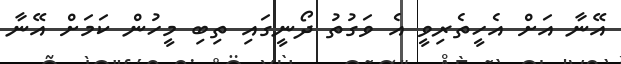
އޭނާ އަށް އެހީތެރިވީ އެ ވަގުތު ދޯނީގައި ތިބި މީހުން ކަމަށް އޭނާ